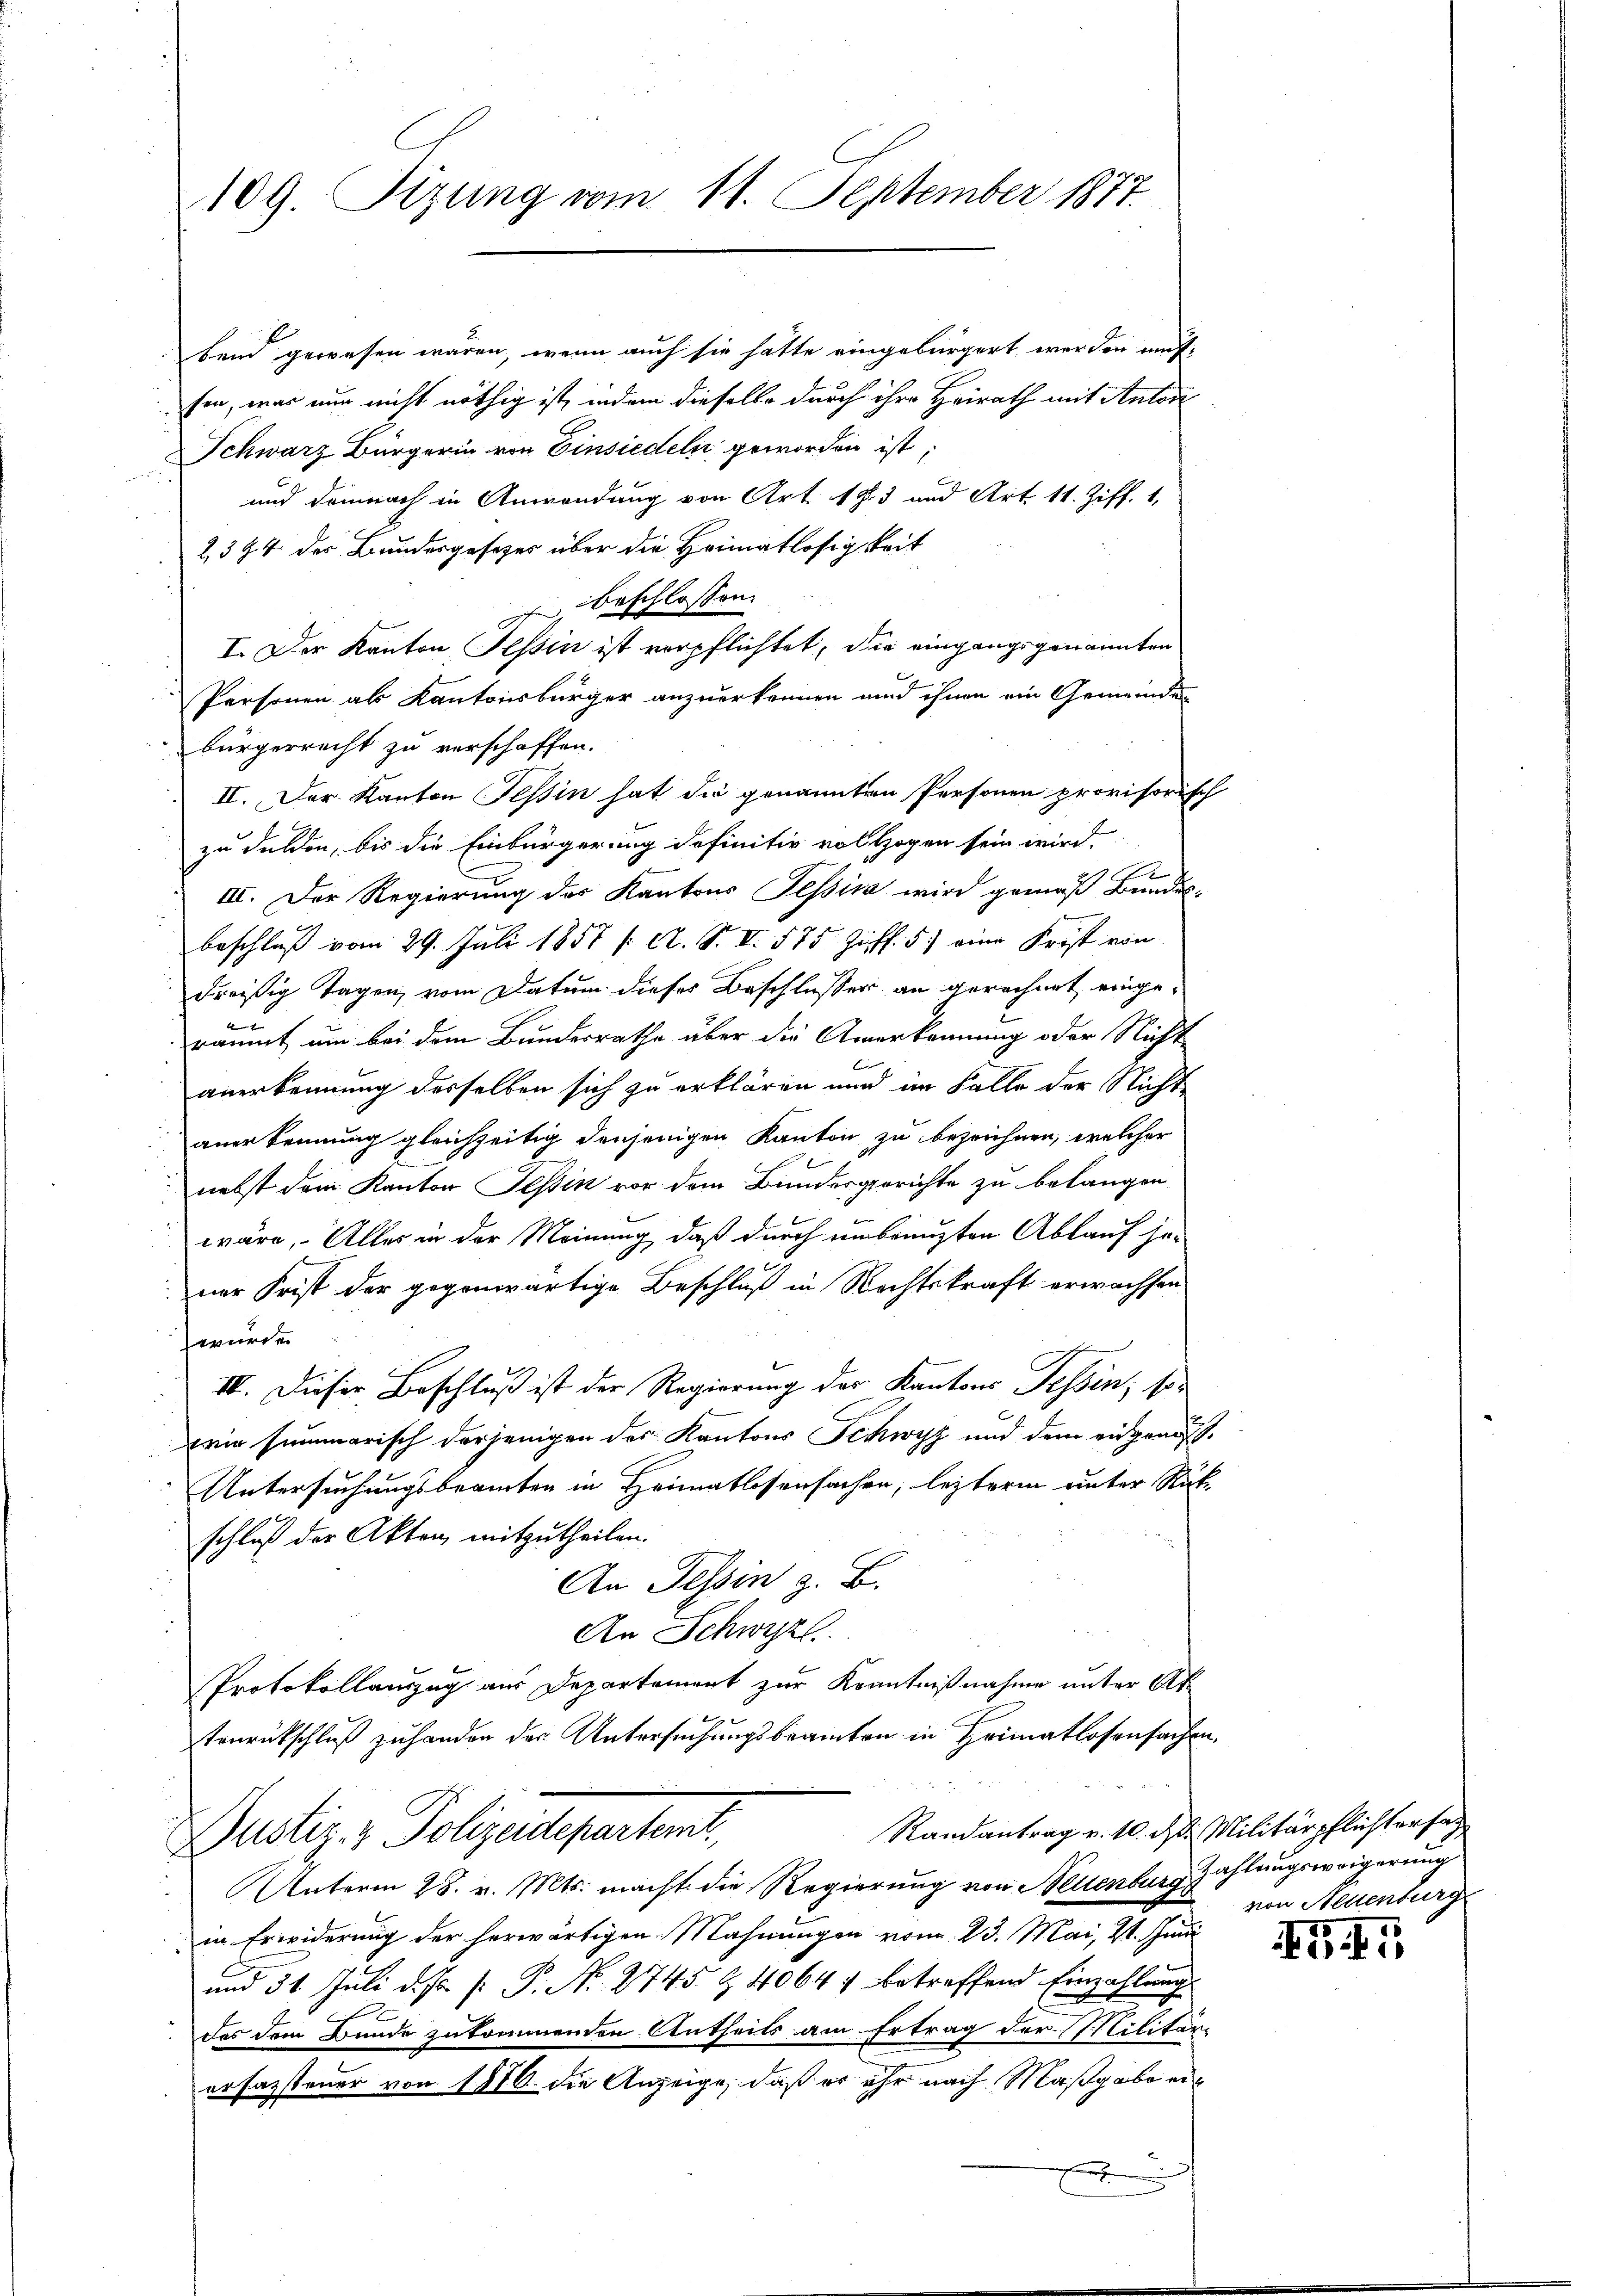
bend gewesen wären, wenn auch sie hatte eingebürgert werden and
sen, war nun nicht nöthig ist, indem dieselbe durch ihre Heirath mit Anton
Schwarz Bürgerin von Einsiedeln geworden ist;
 und demnach in Anwendung von Art. 13 und Art. 11. Ziff. 1,
2394 der Bundesgesezes über die Heimatlosigkeit
1
nbeschlossen:
I. Der Kanton Tessin ist verpflichtet, die eingangsgenannten
Personen als Kantonsbürger anzuerkennen und ihnen ein Gemeindes
bürgerrecht zu verschaffen.
II. Der Kanton Tessin hat die genannten Personen provisorisch
zu dulden, bis die Einbürgerung definitiv vollzogen sein wird.
III. Der Regierung des Kantons Tessiva wird gemäß Bundes-
beschluß vom 29. Juli 1857 f. A. S. VI. 575. Ziff. 5) eine Frist von
dreißig Tagen, vom Datum dieses Beschlusser an gerechnet eingeräumt um bei dem Bundesrathe über die Anerkennung oder Nicht
E
anerkennung desselben sich zu erklären und im Falle der Nicht
anerkennung gleichzeitig denjenigen Kanton zu bezeichnen, welcher
nebst dem Kanton Tessin vor dem Bundesgerichte zu belangen
E
wäre, Alles in der Meinung, daß durch unbringten Ablauf sener Frist der gegenwärtige Beschluß in Rechtskraft erwachsen
würde
IV. Dieser Beschluß ist der Regierung der Kantons Tessin, sowie summarisch derjenigen des Kantons Schwyz und dem eidgenos¬
Untersuchungsbeamten in Heimatlosensachen, lezterm unter Rükschluß der Akten, mitzutheilen.
An Tessin z. B.
An Schwyz
Protokollauszug aus Departement zur Kenntnißnahme unter Ak¬

tenrückschluß zuhanden der Untersuchungsbeamten in Heimatlosensachen.
2
Randantrag v. 10. ds Militärpflichtersag
Justiz- & Polizeidepartemt,
Unterm 28. v. Mts. macht die Regierung von Neuenburg Zahlungsweigerung
in Erwiderung der herwärtigen Mahnungen vom 23. Mai, St. Juni
und 31. Juli d. J. P. P. Nr. 2745 & 40647 betreffend Einzahlung
des dem Bunde zukommenden Antheils am Ertrag der Militärerfassteuer von 1876. die Anzeige, daß es ihr nach Maßgabe ei¬

109. Sizung vom 11. September 1877.

von Neuenburg

G I